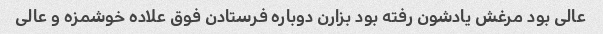
عالی بود مرغش یادشون رفته بود بزارن دوباره فرستادن فوق علاده خوشمزه و عالی